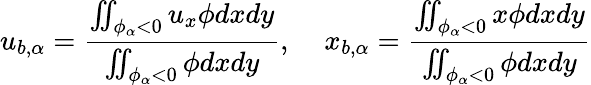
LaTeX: u_{b,\alpha}=\frac{\iint_{\phi_{\alpha}<0}u_{x}\phi dxdy}{\iint_{\phi_{\alpha}<0}\phi dxdy},\; \; \; \; x_{b,\alpha}=\frac{\iint_{\phi_{\alpha}<0}x\phi dxdy}{\iint_{\phi_{\alpha}<0}\phi dxdy}